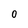
Character: 0